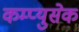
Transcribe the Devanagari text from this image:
कम्प्युसेक